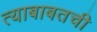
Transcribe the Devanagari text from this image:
त्याबाबतची